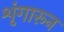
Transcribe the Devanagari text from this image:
शृंगारून